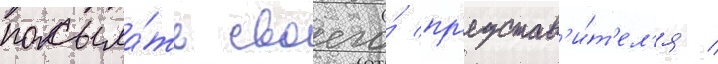
посыла́ть своего́ пр'едстав'и́т'ел'я /